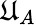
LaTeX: \mathfrak{U}_{A}